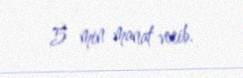
5 min manat verib.